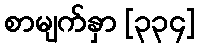
စာမျက်နှာ [၃၃၄]